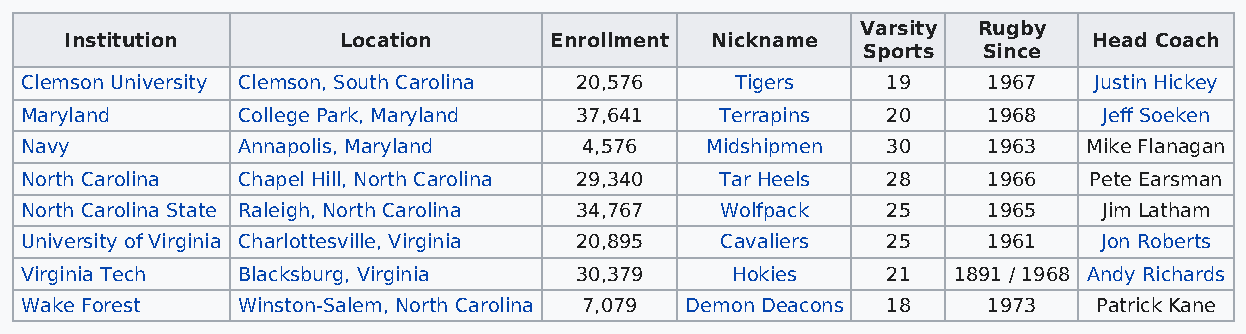
Varsity Rugby
 Institution       Location      Enrollment Nickname                 Head Coach
 Sports  Since
 Clemson University Clemson, South Carolina 20,576 Tigers  19    1967   Justin Hickey
 Maryland       College Park, Maryland 37,641   Terrapins  20    1968    Jeff Soeken
 Navy           Annapolis, Maryland    4,576   Midshipmen  30    1963   Mike Flanagan
 North Carolina Chapel Hill, North Carolina 29,340 Tar Heels 28  1966   Pete Earsman
 North Carolina State Raleigh, North Carolina 34,767 Wolfpack 25 1965    Jim Latham
 University of Virginia Charlottesville, Virginia 20,895 Cavaliers 25 1961 Jon Roberts
 Virginia Tech  Blacksburg, Virginia  30,379    Hokies     21  1891 / 1968 Andy Richards
 Wake Forest    Winston-Salem, North Carolina 7,079 Demon Deacons 18 1973 Patrick Kane